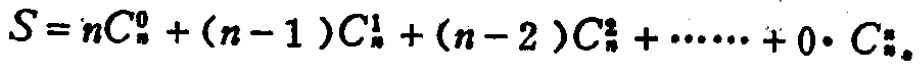
\(S = nC_{n}^{0}+(n - 1)C_{n}^{1}+(n - 2)C_{n}^{2}+\cdots\cdots+0\cdot C_{n}^{n}\)